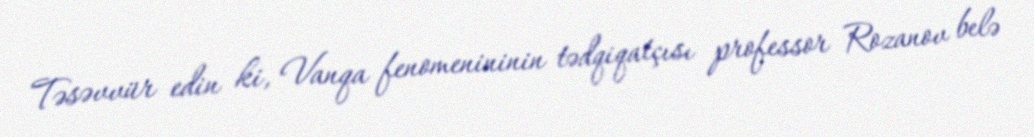
Təsəvvür edin ki, Vanqa fenomenininin tədqiqatçısı professor Rozanov belə